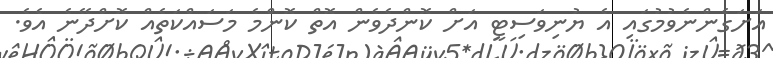
އަށަގެންނެވުމުގައި އެ ޔުނިވަސިޓީ އަށް ކޮންދެވެން އޮތް ކޮންމެ މަސައްކަތެއް ކޮށްދޭނެ އެވެ.